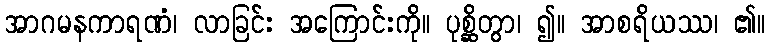
အာဂမနကာရဏံ၊ လာခြင်း အကြောင်းကို။ ပုစ္ဆိတွာ၊ ၍။ အာစရိယဿ၊ ၏။